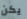
يكن